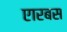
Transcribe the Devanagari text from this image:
एारबस